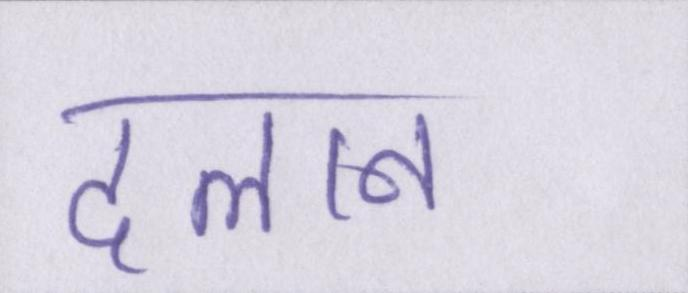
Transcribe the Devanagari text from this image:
दलान